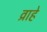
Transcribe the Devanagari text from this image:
व्राहे